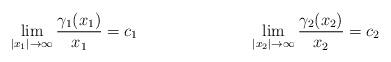
LaTeX: \begin{align*}&\lim_{|x_1|\rightarrow\infty}\frac{\gamma_1(x_1)}{x_1}=c_1& && &\lim_{|x_2|\rightarrow\infty}\frac{\gamma_2(x_2)}{x_2}=c_2&\end{align*}